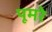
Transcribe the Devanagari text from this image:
पूमरे